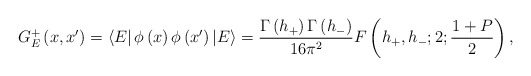
\begin{align*}G_{E}^{+}\left( x,x^{\prime }\right) =\left\langle E\right| \phi \left(x\right) \phi \left( x^{\prime }\right) \left| E\right\rangle =\frac{\Gamma\left( h_{+}\right) \Gamma \left( h_{-}\right) }{16\pi ^{2}}F\left(h_{+},h_{-};2;\frac{1+P}{2}\right) ,\end{align*}